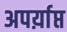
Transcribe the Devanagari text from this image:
अपर्य़ाप्त